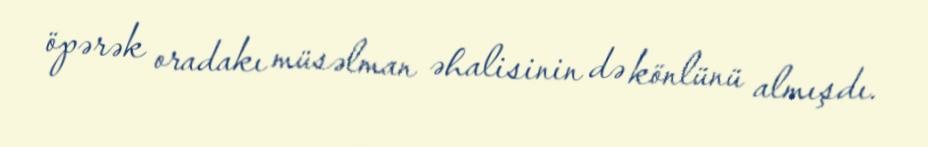
öpərək oradakı müsəlman əhalisinin də könlünü almışdı.